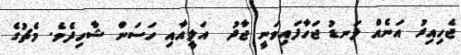
ޖެހިއިރު އަނެއް ލަނޑު ޖަހާފައިވަނީ ޖާދު  އަލީއާއި ހަސަން ޝާހިދެވެ. މެޗުގެ